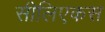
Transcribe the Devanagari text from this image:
सीलिएकस